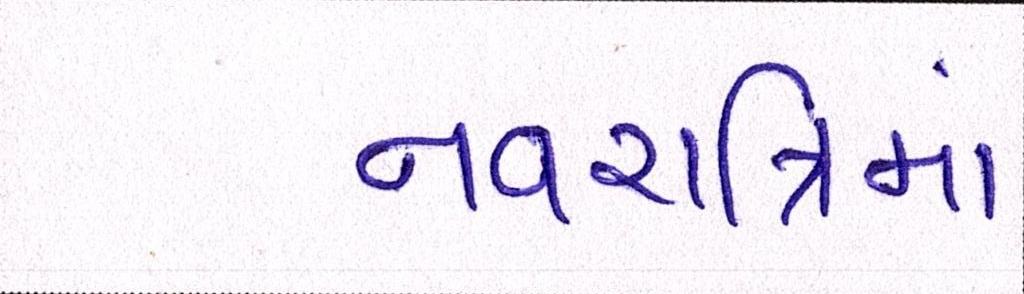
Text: નવરાત્રિમાં